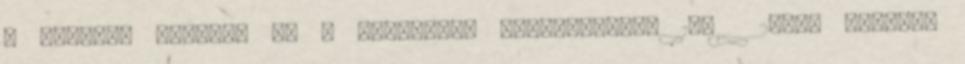
a számmal vezetik be a Metallica koncertjeit. 138 2007. február